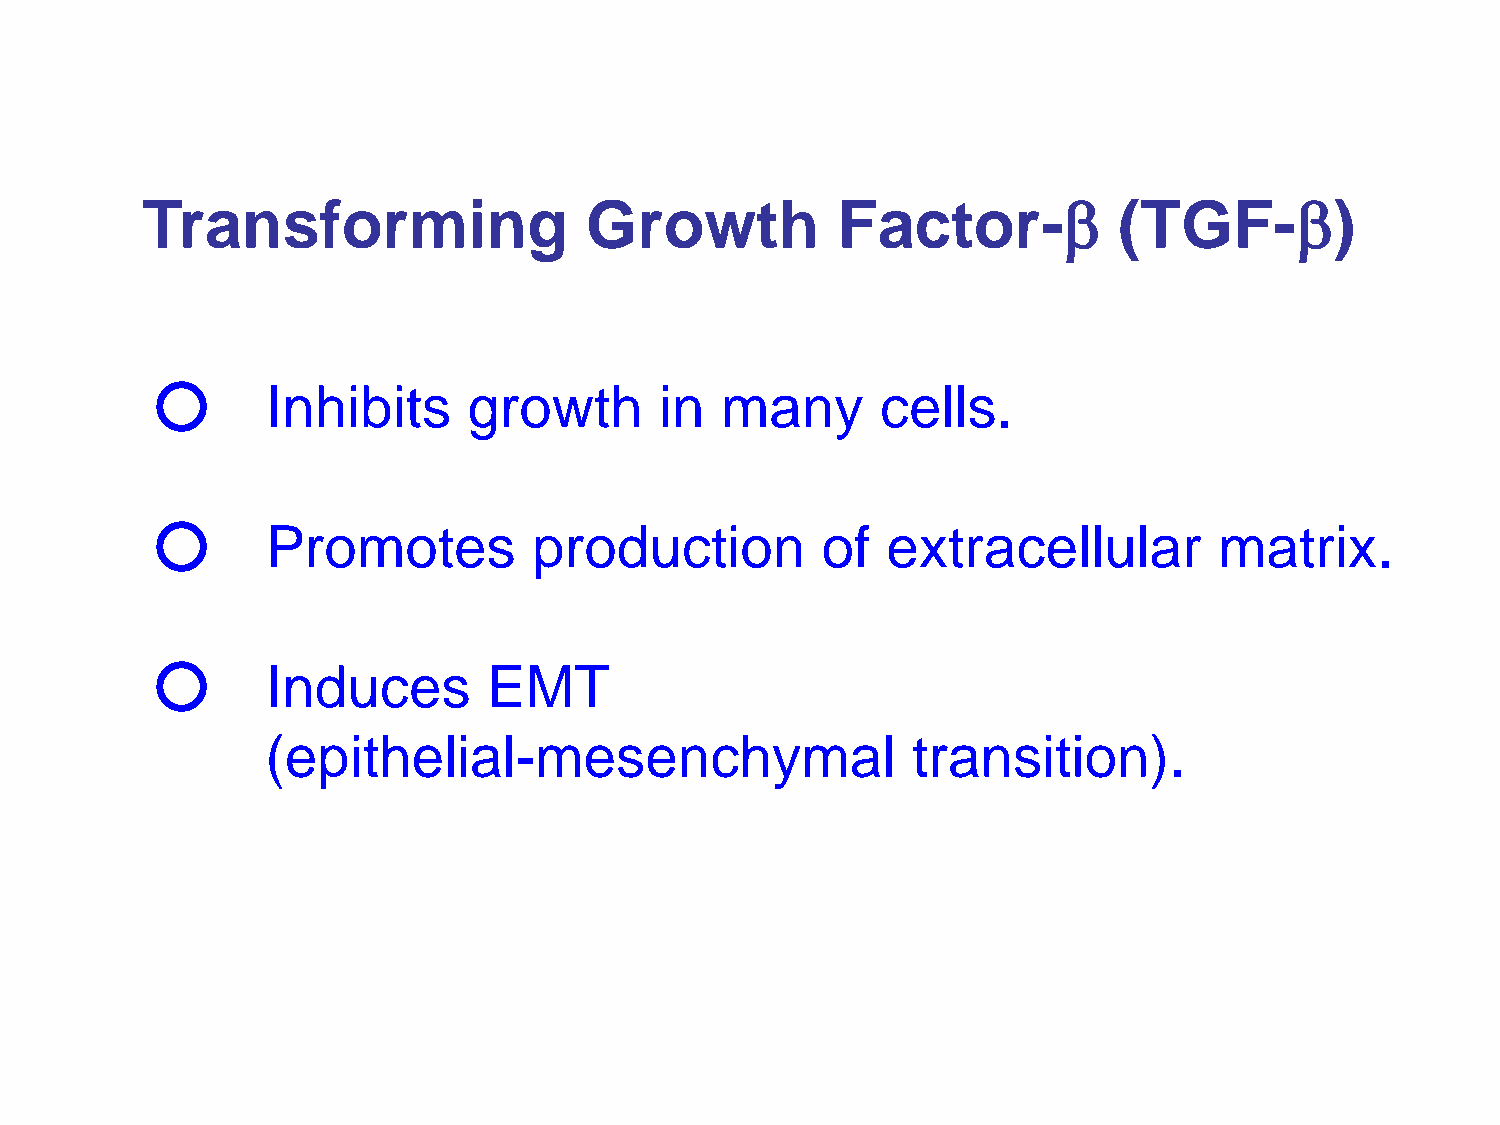
β               β
 Transforming                  Growth          Factor-            (TGF-         )
 ○
 Inhibits     growth       in  many      cells.
 ○
 Promotes         production         of   extracellular         matrix.
 ○
 Induces       EMT
 (epithelial-mesenchymal                   transition).